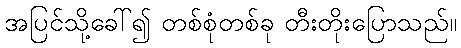
အပြင်သို့ခေါ်၍ တစ်စုံတစ်ခု တီးတိုးပြောသည်။